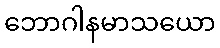
ဘောဂါနမာသယော